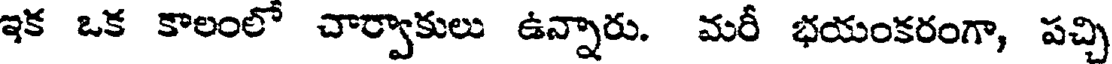
ఇక ఒక కాలంలో చార్వాకులు ఉన్నారు. మరీ భయంకరంగా, పచ్చి